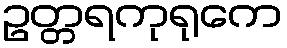
ဥတ္တရကုရုကေ